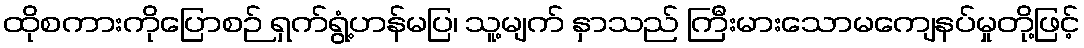
ထိုစကားကိုပြောစဉ် ရှက်ရွံ့ဟန်မပြ၊ သူ့မျက် နှာသည် ကြီးမားသောမကျေနပ်မှုတို့ဖြင့်